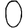
Digit: 0